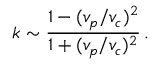
k \sim \frac { 1 - ( v _ { p } / v _ { c } ) ^ { 2 } } { 1 + ( v _ { p } / v _ { c } ) ^ { 2 } } \, .